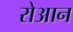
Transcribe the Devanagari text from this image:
रोआन